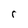
Character: r